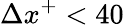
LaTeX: \Delta x^{+}<40